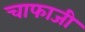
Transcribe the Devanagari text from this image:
चाफाजी